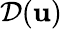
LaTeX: {\mathcal{D}}({\mathbf u})